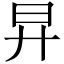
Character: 㫒